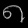
Digit: ၈